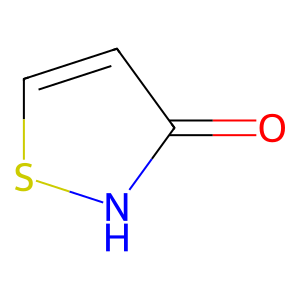
SMILES: O=c1ccs[nH]1
Inhibits HIV replication: No